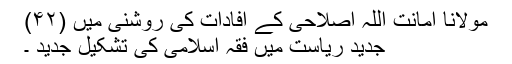
مولانا امانت اللہ اصلاحی کے افادات کی روشنی میں (۴۲)
جدید ریاست میں فقہ اسلامی کی تشکیل جدید ۔